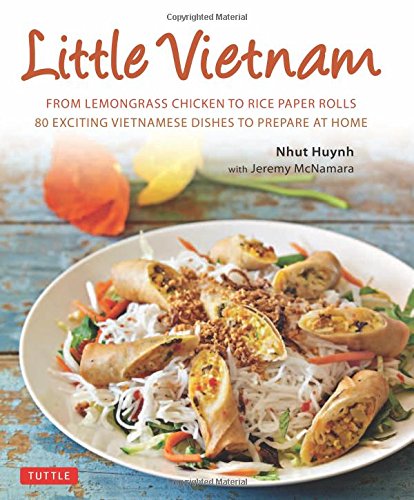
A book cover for Little Vietnam: From Lemongrass Chicken to Rice Paper Rolls, 80 Exciting Vietnamese Dishes to Prepare at Home [Vietnamese Cookbook]; Nhut Huynh; Cookbooks, Food & Wine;